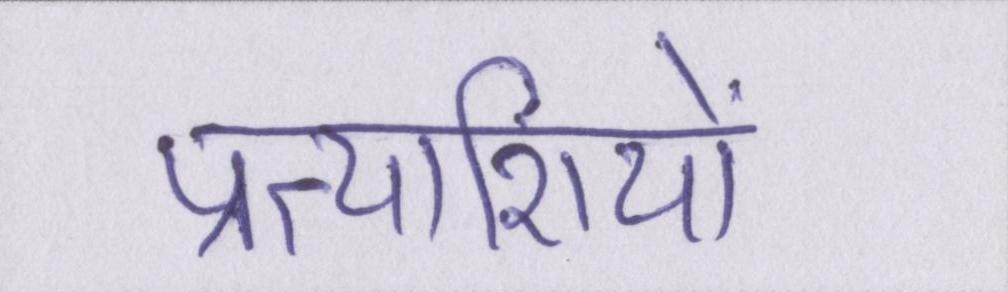
प्रत्याशियों